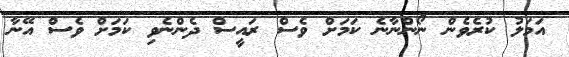
އަމަލު ކުރެވެން ނޯންނާނެ ކަމަށް ވެސް ރައީސް ދެންނެވި ކަމަށް ވެސް އޭނާ